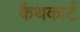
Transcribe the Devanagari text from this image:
कैथकार्ट